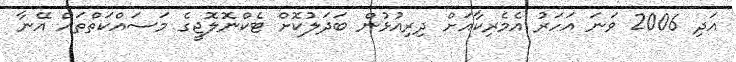
އަދި 2006 ވަނަ އަހަރު އެމެރިކާއަށް ދިރިއުޅުން ބަދަލުކޮށް ޓެކްނޮލޮޖީގެ މަސައްކަތްތައް އޭނާ